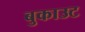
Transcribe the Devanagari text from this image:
बुकाउट